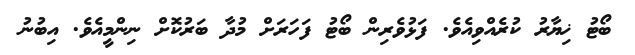
ބޯޓު ޚިޔާރު ކުރެއްވިއެވެ. ފަޅުވެރިން ބޯޓު ފަހަރަށް މުދާ ބަރުކޮށް ނިންމީއެވެ. އިބުނު